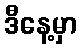
ဒီနေ့မှာ